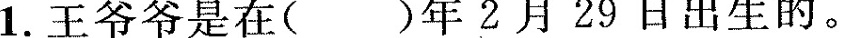
1.王爷爷是在()年2月29日出生的。